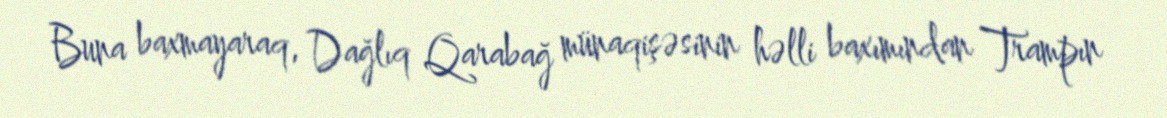
Buna baxmayaraq, Dağlıq Qarabağ münaqişəsinin həlli baxımından Trampın